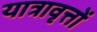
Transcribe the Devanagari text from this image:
यात्रावृत्तों